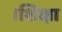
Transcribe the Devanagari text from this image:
।शिक्षा